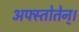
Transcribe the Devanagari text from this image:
अफ्स्तोतेन्।